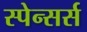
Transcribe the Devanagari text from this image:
स्पेन्सर्स